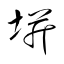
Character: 垪